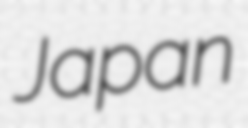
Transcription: Japan